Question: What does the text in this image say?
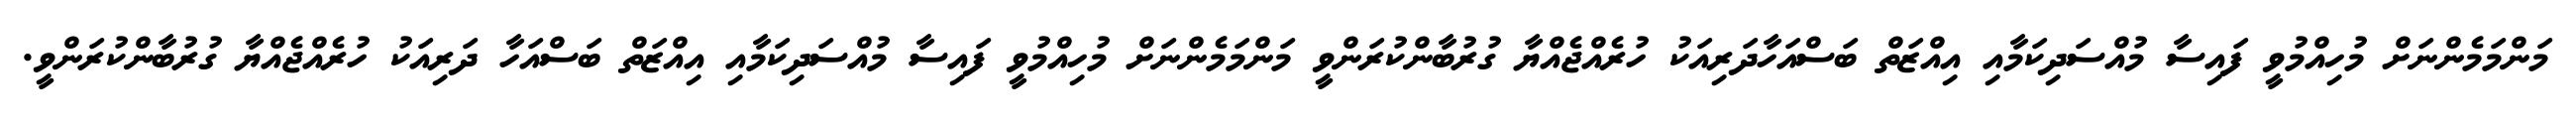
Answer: މަންމަމެންނަށް މުހިއްމުވީ ފައިސާ މުއްސަދިކަމާއި އިއްޒަތް ބަސްއަހާދަރިއަކު ހުރެއްޖެއްޔާ ގުރުބާންކުރަންވީ މަންމަމެންނަށް މުހިއްމުވީ ފައިސާ މުއްސަދިކަމާއި އިއްޒަތް ބަސްއަހާ ދަރިއަކު ހުރެއްޖެއްޔާ ގުރުބާންކުރަންވީ.